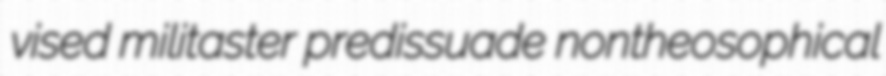
vised militaster predissuade nontheosophical